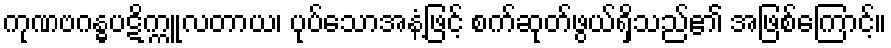
ကုဏဗဂန္ဓပဋိက္ကူလတာယ၊ ပုပ်သောအနံ့ဖြင့် စက်ဆုတ်ဖွယ်ရှိသည်၏ အဖြစ်ကြောင့်။